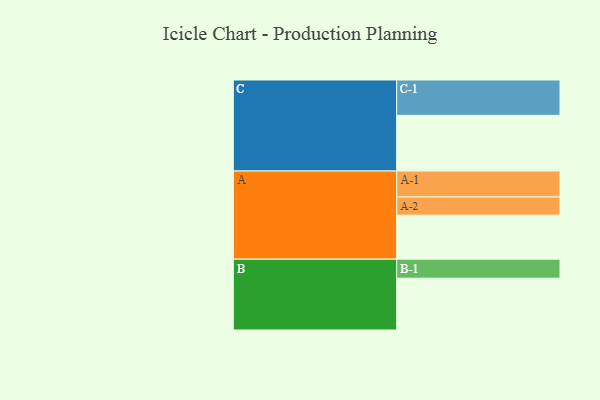
{"axis": {"x": "Segment", "y": "Value"}, "legend": ["", "A", "B", "C"], "data": [{"x": "A", "y": 318, "type": ""}, {"x": "B", "y": 375, "type": ""}, {"x": "C", "y": 403, "type": ""}, {"x": "A-1", "y": 188, "type": "A"}, {"x": "A-2", "y": 132, "type": "A"}, {"x": "B-1", "y": 138, "type": "B"}, {"x": "C-1", "y": 256, "type": "C"}]}